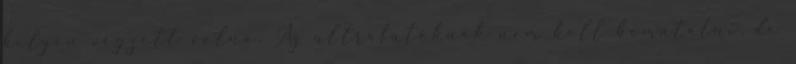
helyen végzett volna. Az ultrafutóknak nem kell bemutatni, de